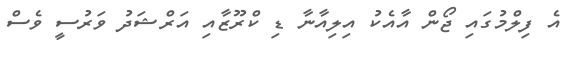
އެ ފިލްމުގައި ޖޯން އާއެކު އިލިއާނާ ޑި ކްރޫޒާއި އަރްޝަދު ވަރުސީ ވެސް